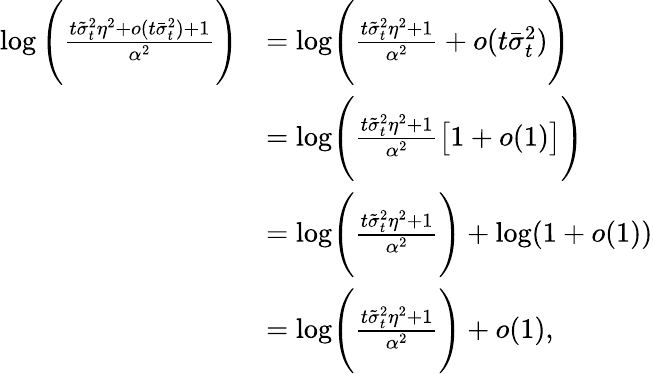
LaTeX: \begin{array}{rl}{\log\Bigg(\frac{t\tilde{\sigma}_{t}^{2}\eta^{2}+o(t\bar{\sigma}_{t}^{2})+1}{\alpha^{2}}\Bigg)}&{=\mathrm{log}\Bigg(\frac{t\tilde{\sigma}_{t}^{2}\eta^{2}+1}{\alpha^{2}}+o(t\bar{\sigma}_{t}^{2})\Bigg)}\\ &{=\mathrm{log}\Bigg(\frac{t\tilde{\sigma}_{t}^{2}\eta^{2}+1}{\alpha^{2}}\big[1+o(1)\big]\Bigg)}\\ &{=\mathrm{log}\Bigg(\frac{t\tilde{\sigma}_{t}^{2}\eta^{2}+1}{\alpha^{2}}\Bigg)+\log(1+o(1))}\\ &{=\mathrm{log}\Bigg(\frac{t\tilde{\sigma}_{t}^{2}\eta^{2}+1}{\alpha^{2}}\Bigg)+o(1),}\end{array}